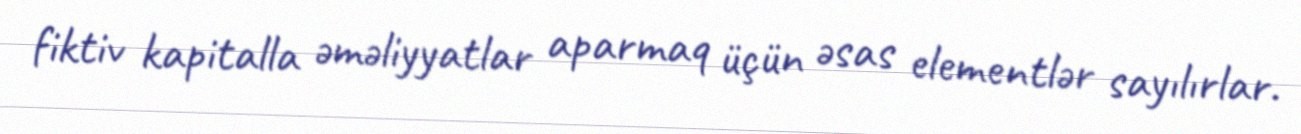
fiktiv kapitalla əməliyyatlar aparmaq üçün əsas elementlər sayılırlar.